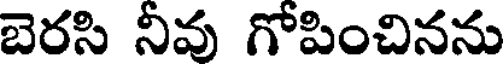
బెరసి నీవు గోపించినను